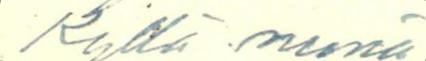
Kyllä minä